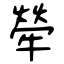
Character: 犖